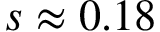
s \approx 0 . 1 8